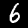
Label: 6